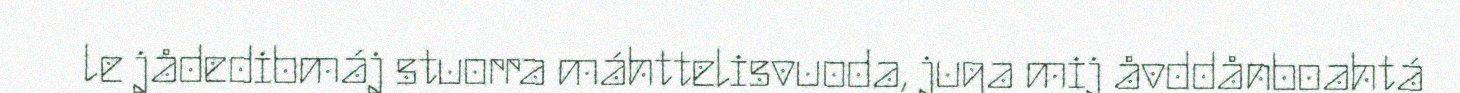
le jådedibmáj stuorra máhttelisvuoda, juga mij åvddånboahtá